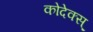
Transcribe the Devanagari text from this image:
कोदेक्स्